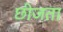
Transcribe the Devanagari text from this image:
छीजता